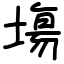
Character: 塲